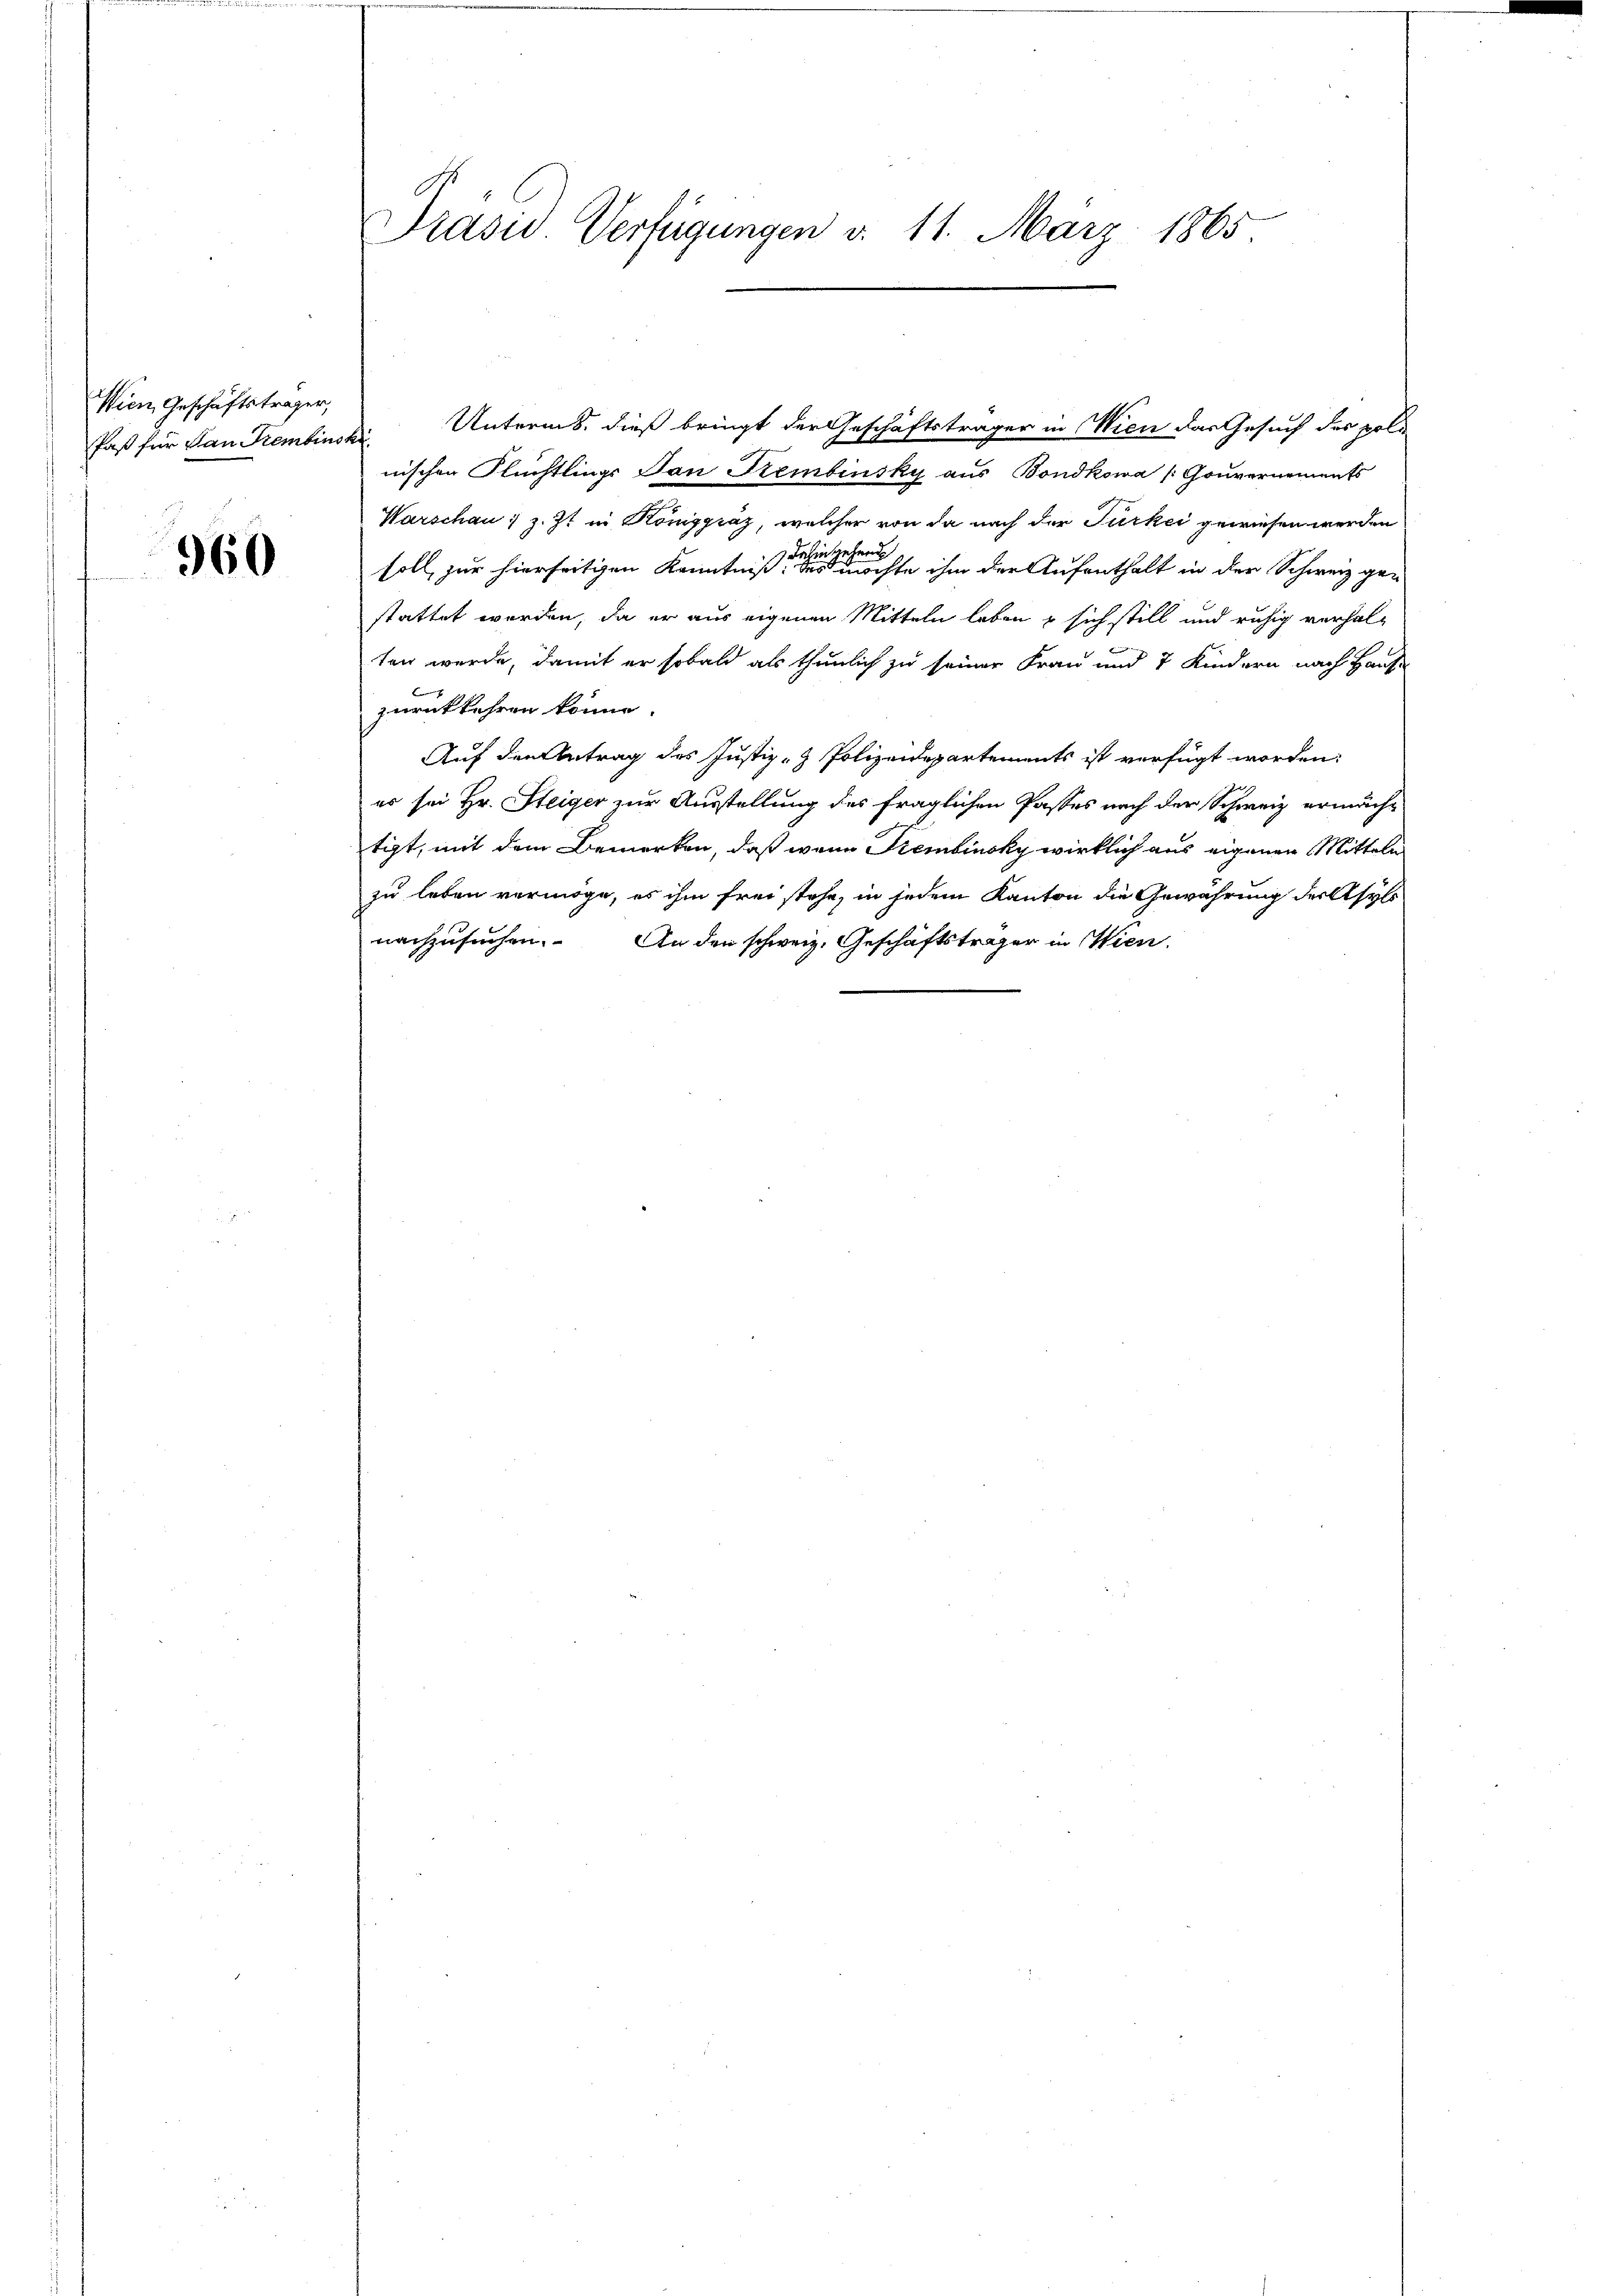
Wien, Geschäftsträger,
faß für dan Kembinski

960

Präsid. Verfügungen d. 11. März 1865

Unterms, dieß bringt der Geschäftsträger in Wien das Gesuch des poli
nischen Flüchtlings San Sembinsky aus Bondkowa /:Gouvernements
Warschau, z. Zt. in Königgraz, welcher von da nach der Türkei gewiesen werden
soll, zur hierseitigen Kenntniß er eine einer erste ihm der Aufenthalt in der Schweiz gen
stattet werden, da er aus eigenen Mitteln leben & sich still und ruhig verhalten werde, damit er sobald als thunlich zu seiner Frau und 7 Kindern nach Hause
f
zurückkehren könne.
Auf den Antrag des Justiz- & Polizeidepartements ist verfügt worden:
er sei Hr. Steiger zur Ausstellung des fraglichen Passes nach der Schweiz ermächt
tigt, mit dem Bemerken, daß wenn Frembinsky wirklich aus eigenen Mitteln
zu leben vermöge, es ihm frei stehe, in jedem Kanton die Gewährung derselb
nachzusuchen. An den schweiz. Geschäftsträger in Wien.